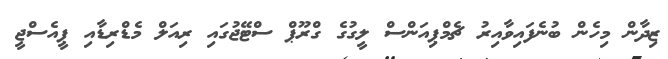
ޒިދާން މިހެން ބުނެފައިވާއިރު ޗެމްޕިއަންސް ލީގުގެ ގްރޫޕް ސްޓޭޖުގައި ރިއަލް މެޑްރިޑާއި ޕީއެސްޖީ